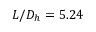
L / D _ { h } = 5 . 2 4